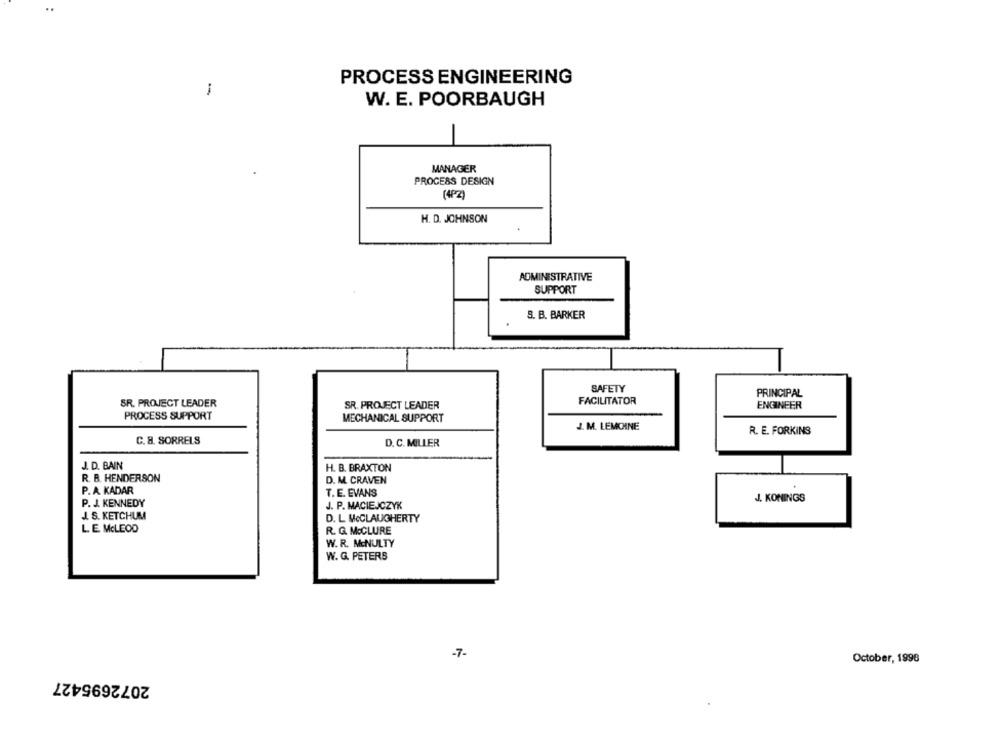
..
PROCESS ENGINEERING
1
W. E. POORBAUGH
MANAGER
PROCESS DESIGN
(4P2)
H. D. JOHNSON
AOMINESTRATIVE
SUPPORT
S. B. BARKER
SAFETY
PRINCIPAL
FACILITATOR
SR. PROJECT LEADER
SR. PROJECT LEADER
ENGINEER
PROCESS SUPPORT
MECHANICAL SUPPORT
J. M. LEMOINE
R. E. FORKINS
C. 8. SORRELS
D. C. MILLER
J. D. BAIN
H. B. BRAXTON
R. B. HENDERSON
D. M. CRAVEN
P. A. KADAR
T. E. EVANS
J. KONINGS
P. J. KENNEDY
J. P. MACIEJCZYK
J. S. KETCHUM
D. L McCLAUGHERTY
LE MCLEOD
R. G. MCCLURE
W. R. MCNULTY
W. G. PETERS
-7-
October, 1998
2072695427